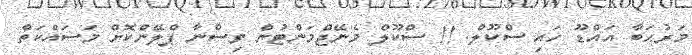
މަރުޙަބާ އައްޑޫ ހައި ސްކޫލް. !! ސްކޫލް މެނޭޖްމަންޓުން ވިސްނާ ޕްލޭންކޮށް މަސައްކަތް